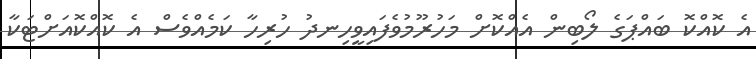
އެ ކޮއްކޮ ބައްޕަގެ ލޯބިން އެއްކޮށް މަހުރޫމުވެފައިވީހިނދު ހުރިހާ ކަމެއްވެސް އެ ކޮއްކޮއަށްޓަކާ